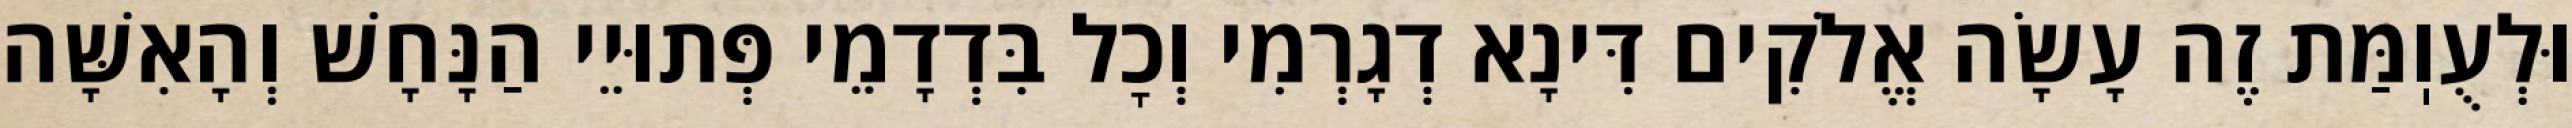
וּלְעֻוֽמַּת זֶה עָשָׂה אֱלֹקִים דִּינָא דְגָרְמִי וְכׇל בִּדְדָמֵי פְּתוּיֵי הַנָּחָשׁ וְהָאִשָּׁה